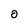
Character: 0